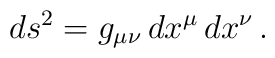
ds^2 = g_{\mu \nu} \, dx^{\mu} \, dx^{\nu} \, .